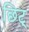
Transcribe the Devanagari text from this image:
छिट्